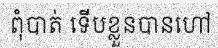
ពុំបាត់ ទើបខ្លួនបានហៅ